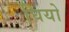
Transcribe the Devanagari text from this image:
घियो